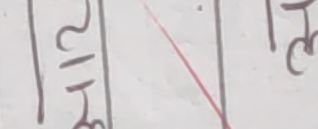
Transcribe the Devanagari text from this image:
२।८३ ३७८